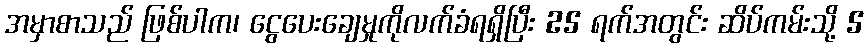
အမှာစာသည် ဖြစ်ပါက၊ ငွေပေးချေမှုကိုလက်ခံရရှိပြီး 25 ရက်အတွင်း ဆိပ်ကမ်းသို့ 5